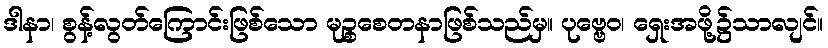
ဒါနာ၊ စွန့်လွတ်ကြောင်းဖြစ်သော မုဉ္စစေတနာဖြစ်သည်မှ။ ပုဗ္ဗေဝ၊ ရှေးအဖို့၌သာလျင်။